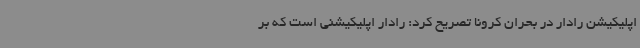
اپلیکیشن رادار در بحران کرونا تصریح کرد: رادار اپلیکیشنی است که بر